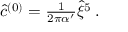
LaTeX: { \hat { c } } ^ { ( 0 ) } = { \textstyle \frac { 1 } { 2 \pi \alpha ^ { \prime } } } \hat { \xi } ^ { 5 } \, .